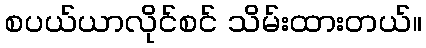
စပယ်ယာလိုင်စင် သိမ်းထားတယ်။